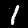
Digit: 1